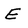
Character: E